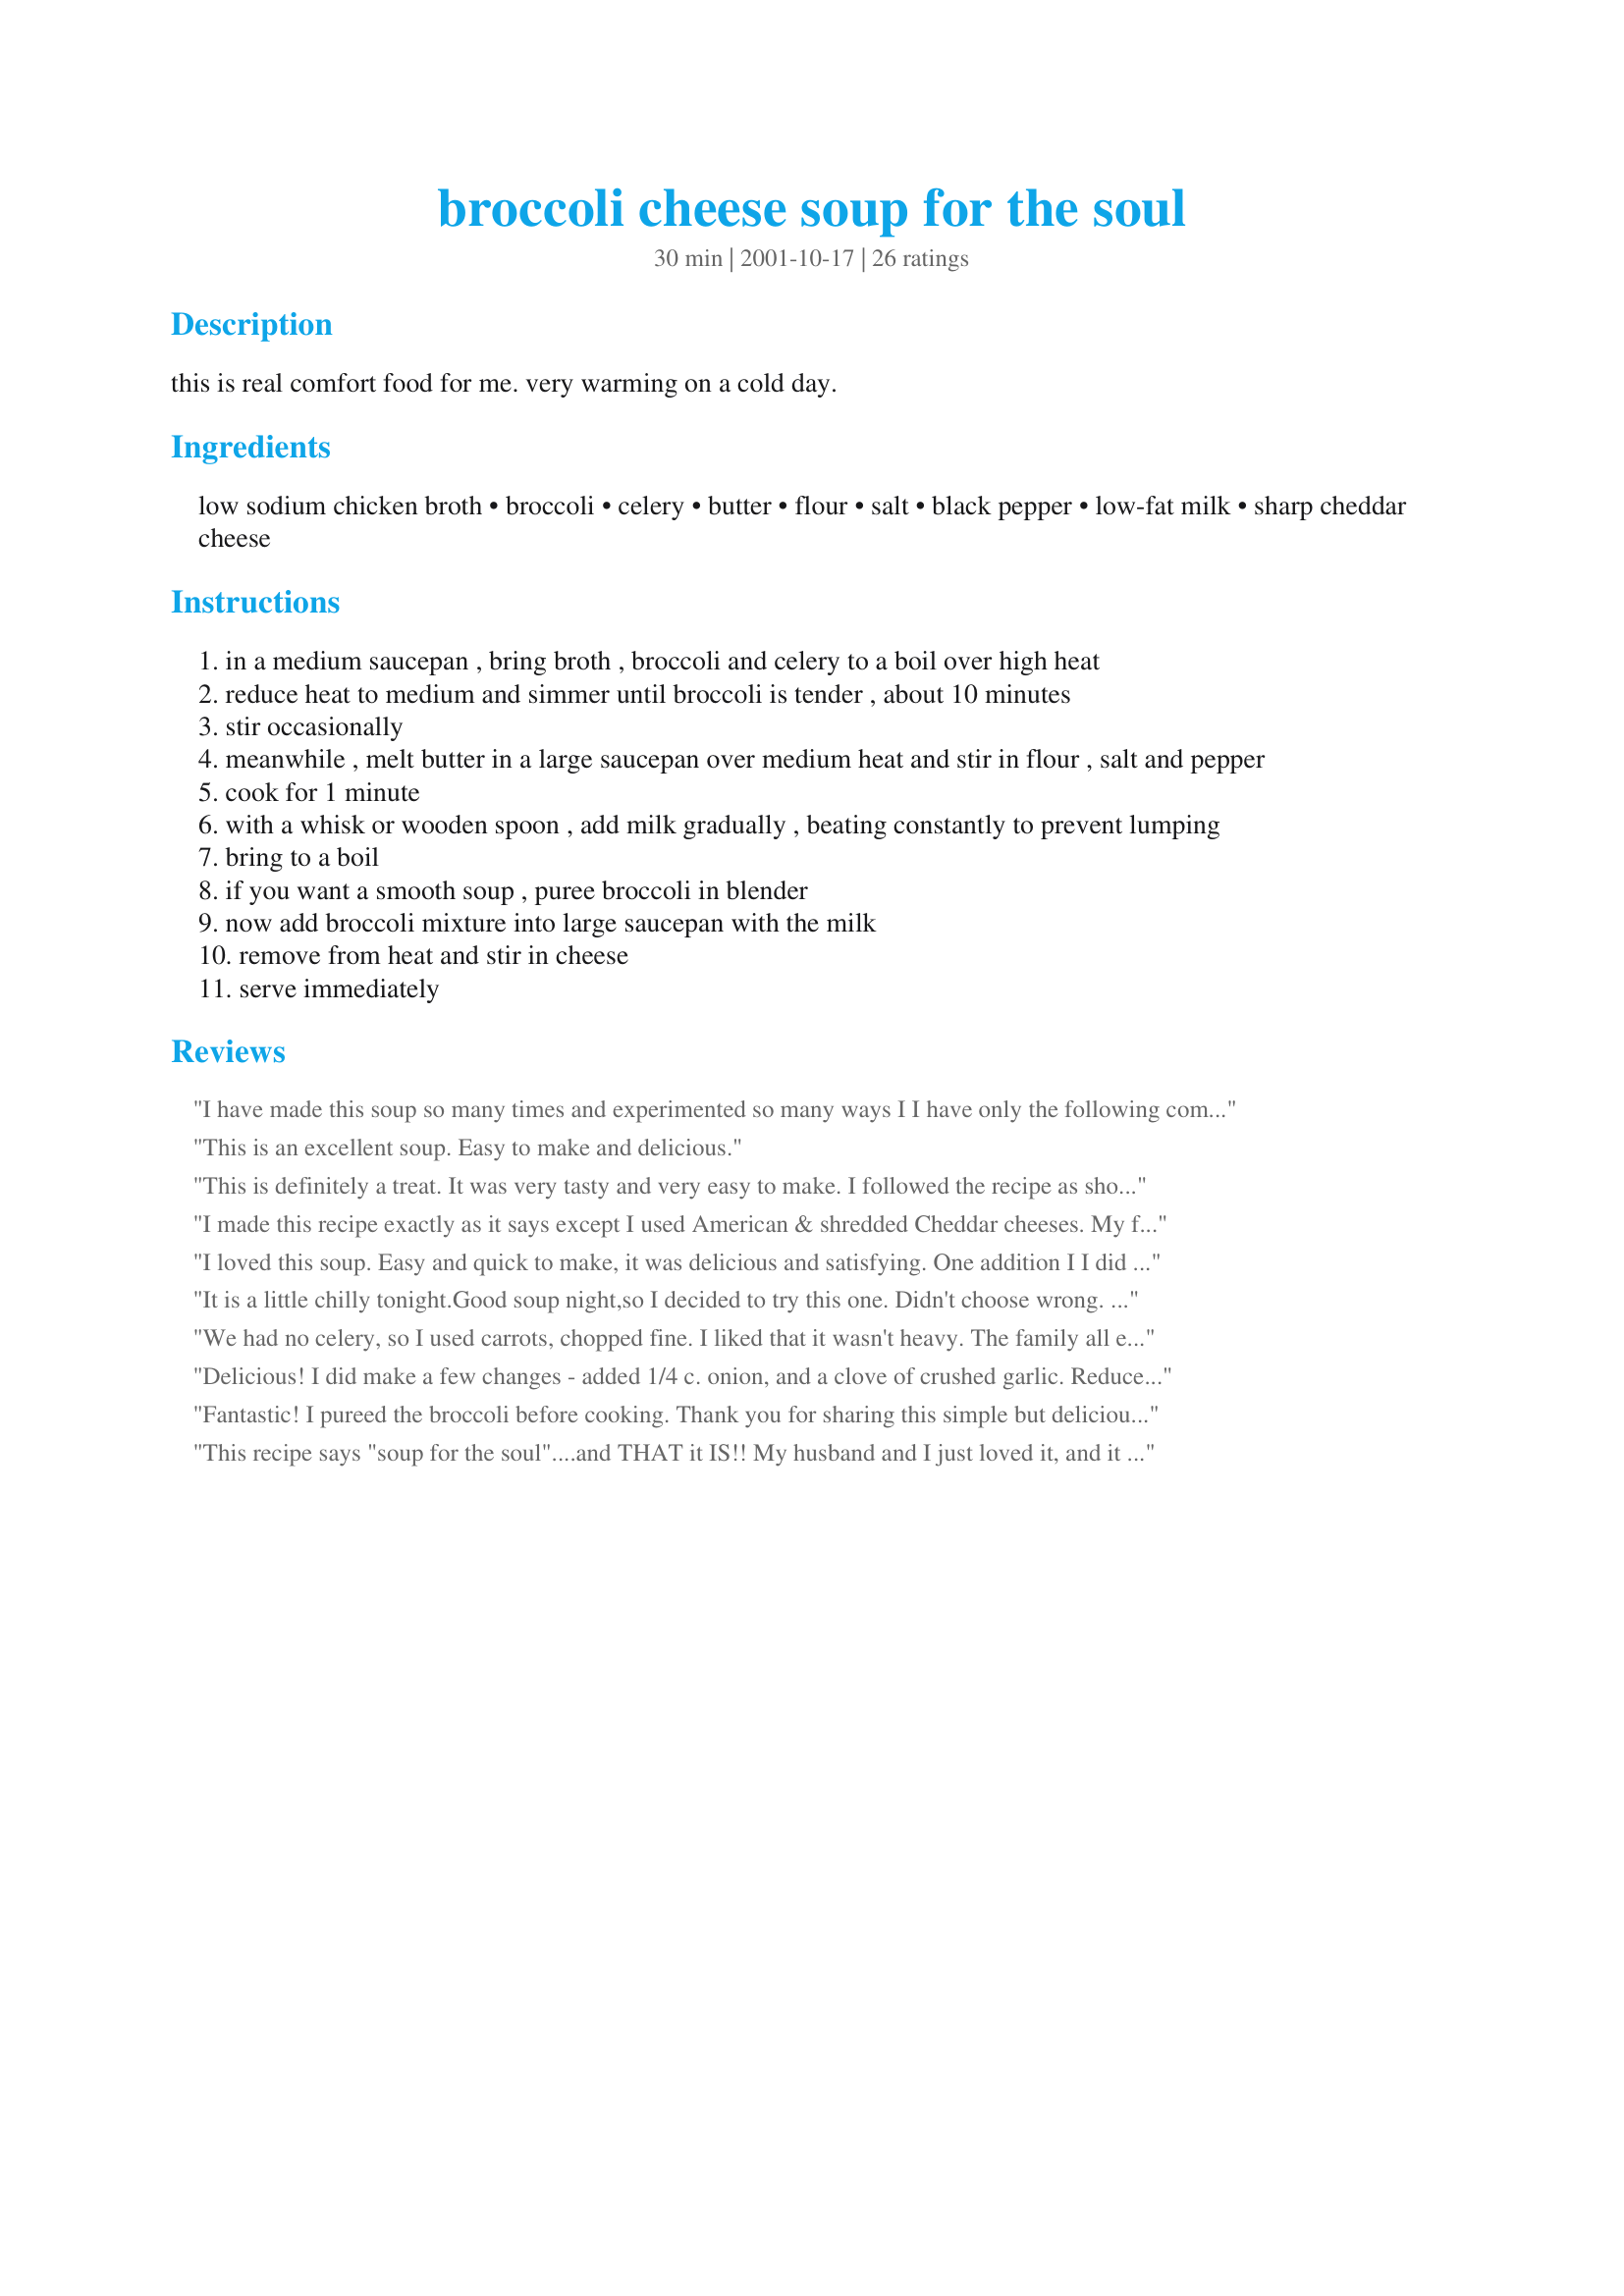
broccoli cheese soup for the soul
Preparation time: 30 minutes

this is real comfort food for me. very warming on a cold day.

Ingredients:
low sodium chicken broth, broccoli, celery, butter, flour, salt, black pepper, low-fat milk, sharp cheddar cheese

Steps:
in a medium saucepan , bring broth , broccoli and celery to a boil over high heat
reduce heat to medium and simmer until broccoli is tender , about 10 minutes
stir occasionally
meanwhile , melt butter in a large saucepan over medium heat and stir in flour , salt and pepper
cook for 1 minute
with a whisk or wooden spoon , add milk gradually , beating constantly to prevent lumping
bring to a boil
if you want a smooth soup , puree broccoli in blender
now add broccoli mixture into large saucepan with the milk
remove from heat and stir in cheese
serve immediately

Reviews:
I have made this soup so many times and experimented so many ways I I have only the following comments:
I love this soup but find freezing it does not do it justice so I make the 1st part of the recipe (broth, veggie, celery (carrots, onion garlic optional) and puree and freeze for up to 4 months). I add carrots only when veggies are not at there peak.
You can substitute a wide variety of veggies (cauliflower, asparagus, mushrooms, carrot, potatos,sweet potatoes, butternut squash) and prepare same way. For mushrooms and asparagus add one extra teaspoon of flour to the rue.
I would recommend whole milk (though you can reduce to 3 cups with one extra cup stock) if you must with only mild taste difference.)
You can substitute or blend in some cheeses (1/4-1/2c pepper jack to make it spicy, swiss or Munster, or 1/8c blue or Gorgonzola mixed with cheddar, parmesan).
You can add a variety of seasonings if you wish
(garlic with potato, squash, mushroom or cauliflower), sage with squash/sweet potato, thyme with broccoli, dill or ginger with carrot).
Lastly you can garnish with a variety of items. I always freeze a small amount of uncooked veggies (tops from asparagus, silvers of carrot and mushroom, florets of broccoli and cauliflower, cubes of potato/squash.) These can be steamed or sauteed and placed on top of soup prior to serving. Because I have pureed the main soup this adds a nice texture. Also crisp leeks or shallots and/or crumbled bacon or sausage make great topping as well.

Thanks Lennie!
This is an excellent soup. Easy to make and delicious.
This is definitely a treat. It was very tasty and very easy to make. I followed the recipe as shown, but added a 1/2 cup of chopped carrots, and used 'light' cheddar cheese. I will be making this again!
I made this recipe exactly as it says except I used American & shredded Cheddar cheeses. My family is very honest and they told me the soup tasted very bland, and also that you could taste the flour. I would like to say though, I feel it could just be something on my part, because this is the very first time I have made this soup!
I loved this soup. Easy and quick to make, it was delicious and satisfying. One addition I I did make was, I sauteed some onions in the butter, then added the flour to make a roux. This is my new favorite soup!

It is a little chilly tonight.Good soup night,so I decided to try this one. Didn't choose wrong. Simple to make and very tasty. The only change I made was to add 1/2 cup more cheese. definitely will make again
We had no celery, so I used carrots, chopped fine. I liked that it wasn't heavy. The family all enjoyed this one!
Delicious! I did make a few changes - added 1/4 c. onion, and a clove of crushed garlic. Reduced milk to 2.25 cups - wanted a more concentrated broccoli flavor, and didn't need so much soup.
Fantastic! I pureed the broccoli before cooking. Thank you for sharing this simple but delicious recipe.
This recipe says "soup for the soul"....and THAT it IS!! My husband and I just loved it, and it has become a very favourite our home. It is so delicious, easy and quick to make, and so, so comforting and soothing. I chop the broccoli fairly fine and then use a potato masher on it once I put the cooked broccoli in the milk mixture, and it give just the right texture for us. We like it a bit on the chunky side, but not too chunky. With a piece of homemade bread, we find this soup hearty enough for supper. Thank you Lennie for sharing it with us!
This is the first time I have made broccoli cheese soup without velveeta and it was amazingly simple. Couple of things - we had to add a LOT of salt and pepper once this made it to the table. I added it while I was cooking, but it clearly was not enough. I did add more cheese too as I like soup nice and cheesy. Finally, this recipe says that it serves 4. I fed a family of 3 and there is still a TON left. I am looking forward to having it for lunch tomorrow. I might even freeze some for a quick dinner one night. Overall it was very good and very simple. Thanks Lennie!
outstanding!! really easy to follow recipe and tasted really creamy. i followed the advice of one of the other reviewers by subbing 1/2 a cup of onion and 1/2 a cup of carrot for the celery. oh and a little paprika, my family raved about this soup so i will definately be making this again and again... thanks for the recipe
I increased the sharp cheddar to 2 cups and it was barely cheesy enough for us. Needed more flavor.
Loved this soup...made it last week when I wanted something really creamy and hot. I got a great deal on broccoli crowns and organic milk so broccoli soup was on the menu! I used Better Than Boullion for the chicken broth... and organic 2% milk. Two huge crowns yielded over 4 cups for me and I used it all. I LOVED the fact that there was no velveeta to be seen... I don't care for it. I thought that 1/2 cup of cheese wouldn't be enough to make it cheesy, but I was wrong. I used extra sharp and it was just perfect. My BF loved it and the texture was just lovely. I didn't even puree it, just left it chunky. Thanks so much for a wonderful soup!!!
I have to say this was one of the best soups I have ever tried. So easy to make and a huge hit with my friends and fam... Thanks!
Whenever anyone asks me to peel broccoli, I usually run.. Indeed, I did not bother with the stems, but this is just what I was looking for. Easy, and tasty. I did increase the cheese by about 50%, and it held up fine. Well worth the effort.
I love it! I used skim milk and no-fat cheddar, but it still yields great taste. I suggest you puree bout 1/3 of the boiled broccoli and add it to the sauce. Plus, parsley and cayenne is a good way to garnish the dish. Thank you!
This soup was really good! It was super easy to make and didn't take very long either. I would say the only change I made was that I added 1 cup plus a little more of the cheddar cheese. Other than that it was a GREAT recipe!
This soup was great! I made a few changes though. I didn't have low sodium chicken broth so I used regular and ommited the salt. Instead of the celery, I used 1/2 cup of onion. I also added 1/2 cup of grated carrots. I used 1% milk, increased the cheese to 1 cup and also added a bit of paprika. It was delicious and the whole family loved it. Thanks for a great recipe!
I really enjoyed this soup (and will probably enjoy it more once the snow hits!). I like my veggies on a bit of the mushier side, so I might simmer the broccoli a bit longer next time, and I'll warm up the milk, because it took a LONG time to boil :)
I served with Recipe #345899 and it was a lovely blend of cheesy/salty.
Many years since I first posted my 5 star rating on this recipe (16 to be exact!) , and we are still using and loving it! Now on weight watchers, I'm even enjoying this soup more, because of the low fat content in it. Thanks once again Lennie!
This is a very nice broccoli cheese soup that isn't complicated to prepare. Lessons learned: Do be careful with how much salt you put in because sharp cheddar has a healthy dose of saltiness on it's own and will amplify the flavor. Also, be sure not to overthicken the milk mixture or your soup will get too thick. We did add extra cheese so the soup was really cheesy and very delicious. Thanks!
Very good. I did add a bit more cheddar than was called for though.
a big hit in my family1 I followed the directions exactly.
I loved this recipe. It was easy to make and it was really good. I had to make some forced substitutions like using velveeta because I was out of cheddar but it still turned out good. I'm not a big fan of celery so I used 1/2 cup of finely chopped onions. Thank you, it was very good.
I am not big on soup and hardly ever make it from scratch. This recipe was very easy. I pureed the broccoli but left it a little chunky and the flavor was very good. I put it in a quart-size mayonnaise jar and carried it to work for a couple of days lunch.
